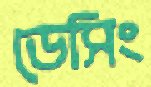
ডেসিং